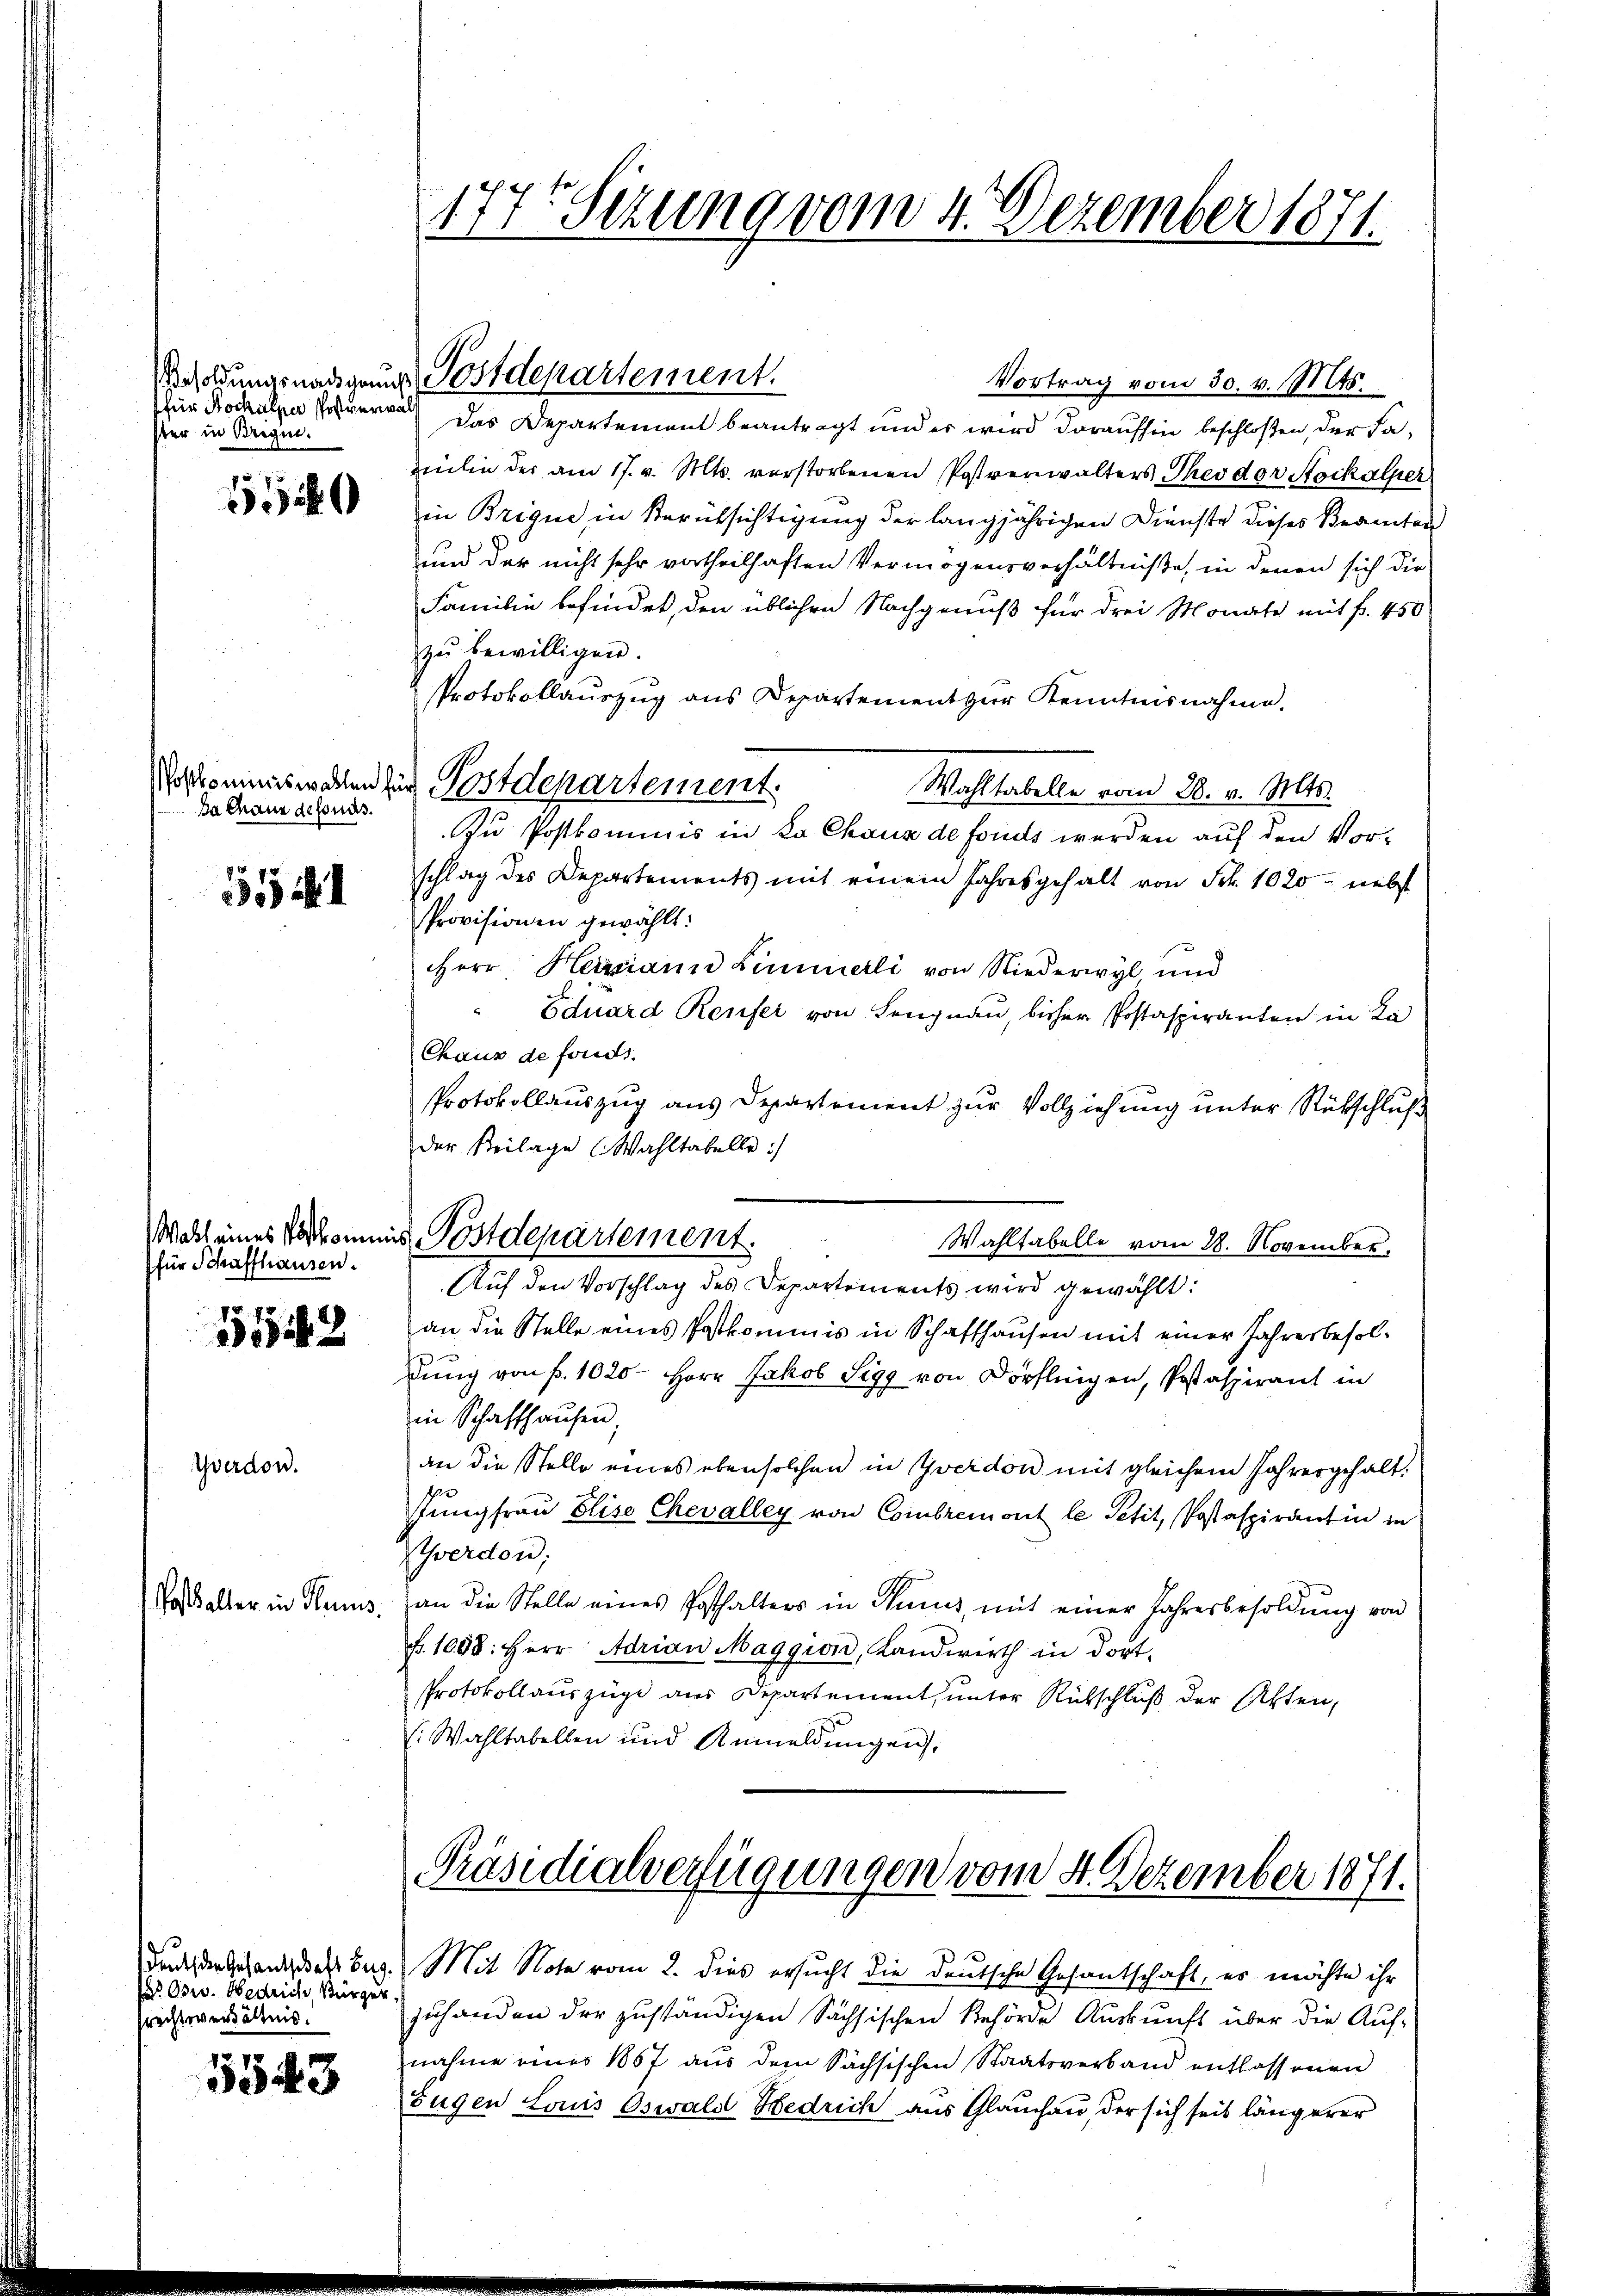
für Rockalper Postverwal
ter in Brigin.

1

Da Chaus defonis.

55

Wahl eines Parthan
für Schaffhausen.

5142

Yverdon.

Potthalter in Haus

5543

. Osw. Hedrich, Bürger,
srechtsverhältnis.

Vortrag vom 30. v. 1145.
Das Departement beantragt und es wird daraufhin beschloßen, der Fazilie der am 17. v. Mts. verstorbenen Postrenwalters Theodor Stockalper
in Brique in Berüksichtigung der langjährigen Dienste dieses Beamten
und der nicht sehr vortheilhaften Vermögensverhältniße, in denen sich die
Familie befindet, den üblichen Nachgenuß für drei Monate mit fr. 450
zu bewilligen.
Protokollauszug aus Departement zur Kenntnisnahme.
Wahltabelle vom 28. v. Mts.
Zu Postkommnis in Ka Chaux de fonds werden auf den Vor-
schlag des Departements mit einem Jahresgehalt von Frk. 1020 - nebst
Provisionen gewählt:
HHerr Herrmann Zimmerli von Niederwyl und
Eduard Reufer von Lengnau, bisher Postaspiranten in La
Chaus de fonds.
Protokollauszug aus Departement zur Vollziehung unter Rückschluß
der Beilage (Wahltabelle :/
ins Postdepartement.
Wahlfabelle vom 28. November.
Auf den Vorschlag des Departements wird gewählt:
an die Stelle eines Postkommis in Schaffhausen mit einer Jahresbesoldung von f. 1020 – Herr Jakob Sigg von Dörfligen, Postaspirant in
in Schaffhausen,
an die Stelle eines ebensolchen in Yverdon mit gleichem Jahresgehalt
Jungfrau Elise Chevalley von Combremont le Petit, Postaspirantin in
Yverdord;
an die Stelle eines Posthalters in Suns, mit einer Jahresbesoldŭng von
Nr. 1008. Herr Adrian Maggion, Landwirth in dort¬
Protokollauszüge aus Departement, unter Rückschluß der Akten,
(Wahltabellen und Anmeldungen,

177. Setzung vom 4. Dezember 1871.

Vesoldungsnadigung, Postdepartement.

Vorkommiswaren zur Postdepartement.

Präsidialverfügungen vom 4. Dezember 1871.
dund den Gesandelsburg. Mit Note vom 2. dies ersucht die deutsche Gesantschaft, es möchte ihr

nahme eines 1857 aus dem Sächsischen Staatsverband entlassenen
Eugen Louis Oswald Hedrich aus Glauchau, der sich seit längerer

zuhanden der zuständigen Sächsischen Behörde Auskunft über die Auf¬